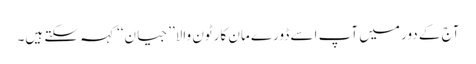
آج کے دور میں آپ اسے ڈورے مان کارٹون والا’’جیان‘‘ کہہ سکتے ہیں۔